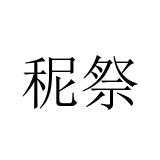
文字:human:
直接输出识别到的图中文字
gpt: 秜祭